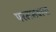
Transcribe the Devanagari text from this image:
परमभक्त्या